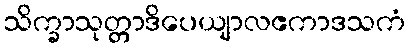
သိက္ခာသုတ္တာဒိပေယျာလဧကာဒသကံ